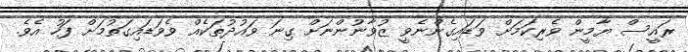
ރައީސް ޔާމީން ވެރިކަމަށް ވަޑައިގެންނެވީ ޒުވާނުންނަށް ގިނަ ވައުދުތަކެއް ވެވަޑައިގަތުމަށް ފަހު އެވެ.